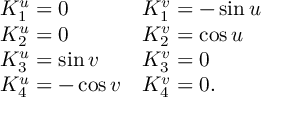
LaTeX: \begin{array} { l l } { { K _ { 1 } ^ { u } = 0 } } & { { K _ { 1 } ^ { v } = - \sin u } } \\ { { K _ { 2 } ^ { u } = 0 } } & { { K _ { 2 } ^ { v } = \cos u } } \\ { { K _ { 3 } ^ { u } = \sin v } } & { { K _ { 3 } ^ { v } = 0 } } \\ { { K _ { 4 } ^ { u } = - \cos v } } & { { K _ { 4 } ^ { v } = 0 . } } \end{array}